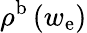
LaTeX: \rho^{\mathrm{b}}\left(w_{\mathrm{e}}\right)